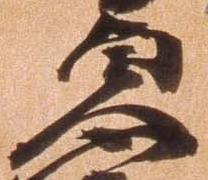
貞